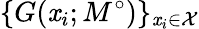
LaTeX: \{ G(\mathit{x}_{i};M^{\circ})\} _{\mathit{x}_{i}\in\mathcal{{X}}}